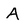
Character: A